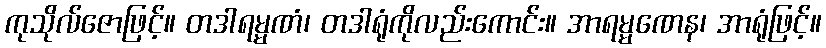
ကုသိုလ်ဇောဖြင့်။ တဒါရမ္မဏံ၊ တဒါရုံကိုလည်းကောင်း။ အာရမ္မဏေန၊ အာရုံဖြင့်။